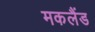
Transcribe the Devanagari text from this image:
मकलैंड